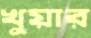
খুয়ার